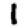
Digit: 1